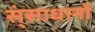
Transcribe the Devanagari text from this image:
स्ंसाधानों